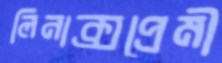
লিনাক্সপ্রেমী